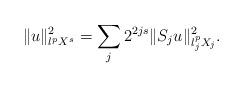
LaTeX: \begin{align*} \| u \|^2_{l^p X^s} = \sum_j 2^{2js} \| S_{j} u \|^2_{l^p_j X_j}.\end{align*}